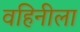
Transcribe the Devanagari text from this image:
वहिनीला